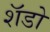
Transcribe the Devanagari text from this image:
शॅडो